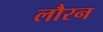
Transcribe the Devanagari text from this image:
लौरन